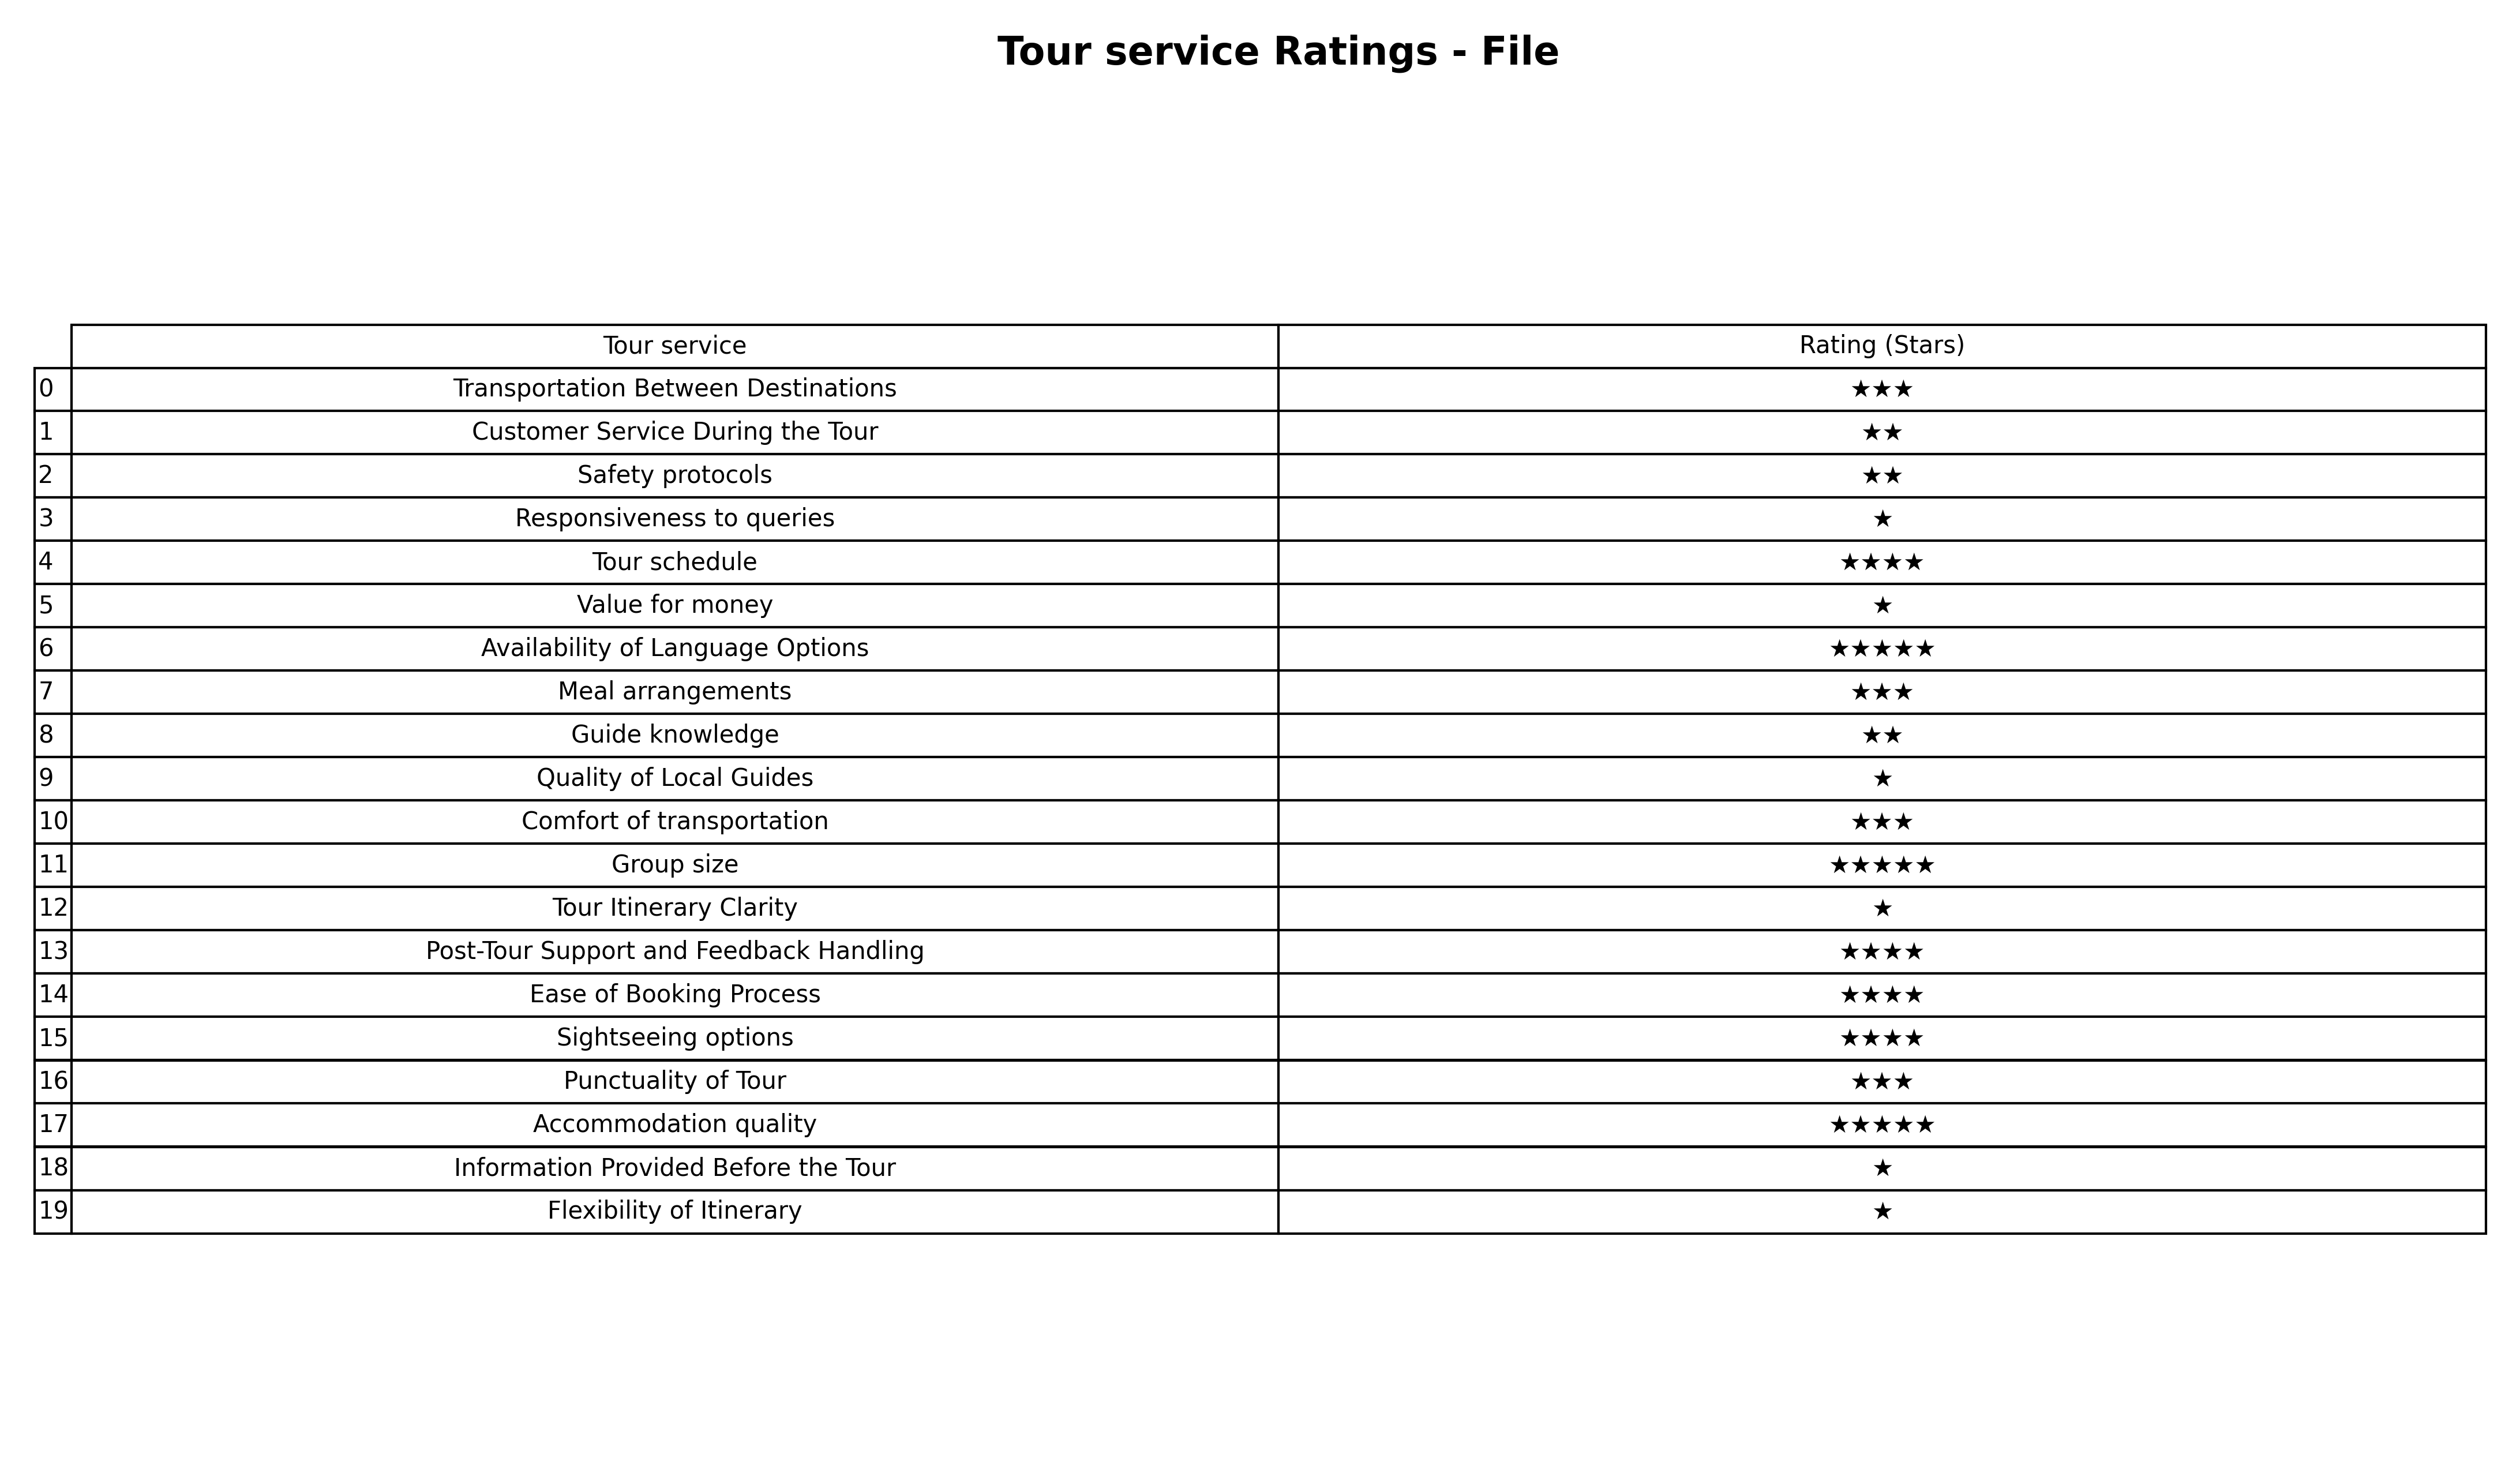
question: What is the rating of Punctuality of Tour?
answer: ★★★